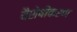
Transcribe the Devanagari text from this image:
वैशेषीकरण